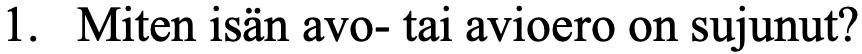
1. Miten isän avo- tai avioero on sujunut?